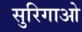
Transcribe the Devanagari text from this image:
सुरिगाओ